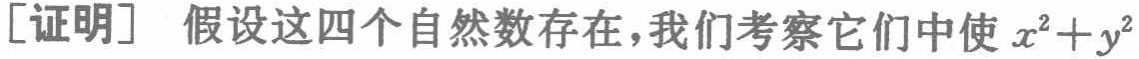
[证明] 假设这四个自然数存在，我们考察它们中使 \(x^{2}+y^{2}\)